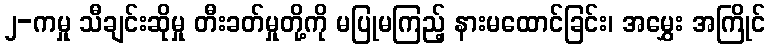
၂-ကမှု သီချင်းဆိုမှု တီးခတ်မှုတို့ကို မပြုမကြည့် နားမထောင်ခြင်း၊ အမွှေး အကြိုင်